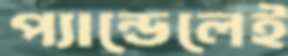
প্যান্ডেলেই